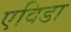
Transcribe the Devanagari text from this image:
एविडा